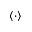
\langle \cdot \rangle